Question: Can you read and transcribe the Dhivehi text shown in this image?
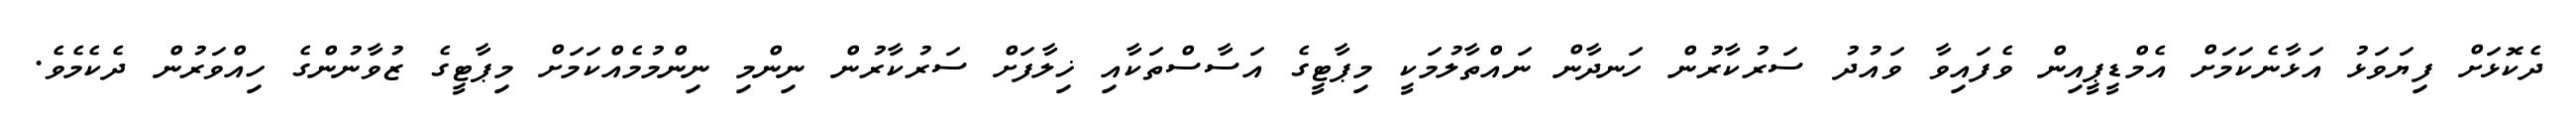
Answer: ދެކޮޅަށް ފިޔަވަޅު އަޅާނެކަމަށް އެމްޑީޕީއިން ވެފައިވާ ވައުދު ސަރުކާރުން ހަނދާން ނައްތާލުމަކީ މިޕާޓީގެ އަސާސްތަކާއި ޚިލާފަށް ސަރުކާރުން ނިންމި ނިންމުމެއްކަމަށް މިޕާޓީގެ ޒުވާނުންގެ ހިއްވަރުން ދެކެމެވެ.